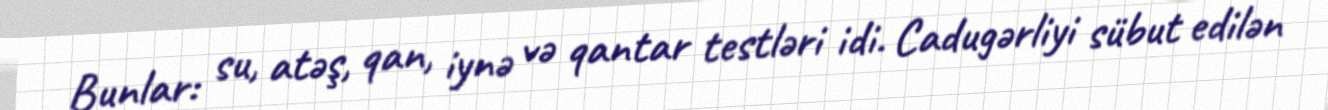
Bunlar: su, atəş, qan, iynə və qantar testləri idi. Cadugərliyi sübut edilən